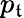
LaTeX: p_{\mathfrak{t}}